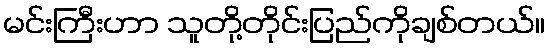
မင်းကြီးဟာ သူတို့တိုင်းပြည်ကိုချစ်တယ်။